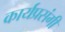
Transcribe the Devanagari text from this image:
कार्यप्रसंगी